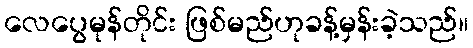
လေပွေမုန်တိုင်း ဖြစ်မည်ဟုခန့်မှန်းခဲ့သည်။